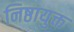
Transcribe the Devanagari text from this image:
निष्ठायुक्त